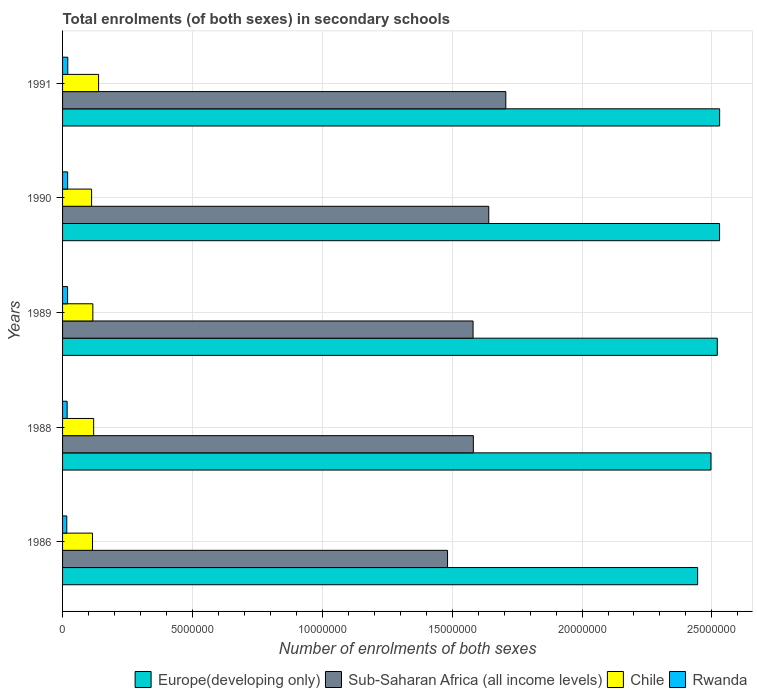
| Years | Europe(developing only) | Sub-Saharan Africa (all income levels) | Chile | Rwanda |
 | --- | --- | --- | --- | --- |
 | 1986 | 2.45e+07 | 1.48e+07 | 1.15e+06 | 1.62e+05 |
 | 1988 | 2.5e+07 | 1.58e+07 | 1.2e+06 | 1.76e+05 |
 | 1989 | 2.52e+07 | 1.58e+07 | 1.17e+06 | 1.93e+05 |
 | 1990 | 2.53e+07 | 1.64e+07 | 1.12e+06 | 1.96e+05 |
 | 1991 | 2.53e+07 | 1.71e+07 | 1.39e+06 | 2.01e+05 |